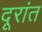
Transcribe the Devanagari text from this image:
दूरांत